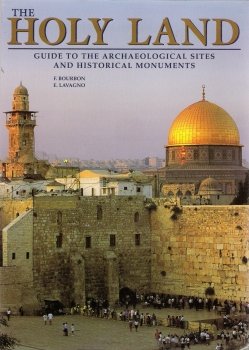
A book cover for The Holy Land Guide to the Archeological and Historical Monuments; F. Bourbon; Travel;